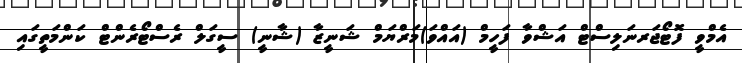
އެމްވީ ފޮޓޯޖަރނަލިސްޓް އަޝްވާ ފަހީމް (އައްވަ)މަރްޔަމް ޝަނީޒާ (ޝާނީ) ސީގަލް ރެސްޓޯރެންޓް ކަންމަތީގައި